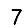
Digit: 7